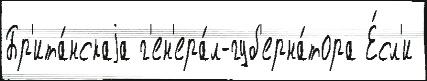
Бр'ита́нскаjа г'ен'ера́л-губ'ерна́тора Е́сл'и